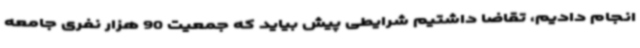
انجام دادیم، تقاضا داشتیم شرایطی پیش بیاید که جمعیت 90 هزار نفری جامعه